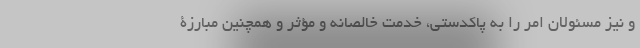
و نیز مسئولان امر را به پاکدستی، خدمت خالصانه و مؤثر و همچنین مبارزة